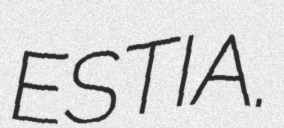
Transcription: ESTIA.